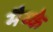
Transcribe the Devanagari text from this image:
मैय्के